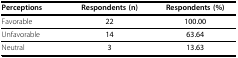
| Perceptions | Respondents (n) | Respondents (%) |
 | --- | --- | --- |
 | Favorable | 22 | 100.00 |
 | Unfavorable | 14 | 63.64 |
 | Neutral | 3 | 13.63 |